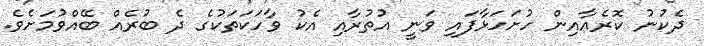
ދެކުނު ކޮރެއާއިން ހުށަހަޅާފައި ވަނީ އުތުރާއި އެކު ވާހަކަތަކުގެ ދެ ބުރެއް ބޭއްވުމަށެވެ.